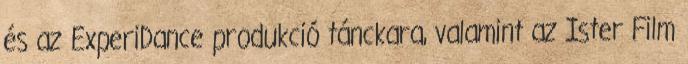
és az ExperiDance produkció tánckara, valamint az Ister Film